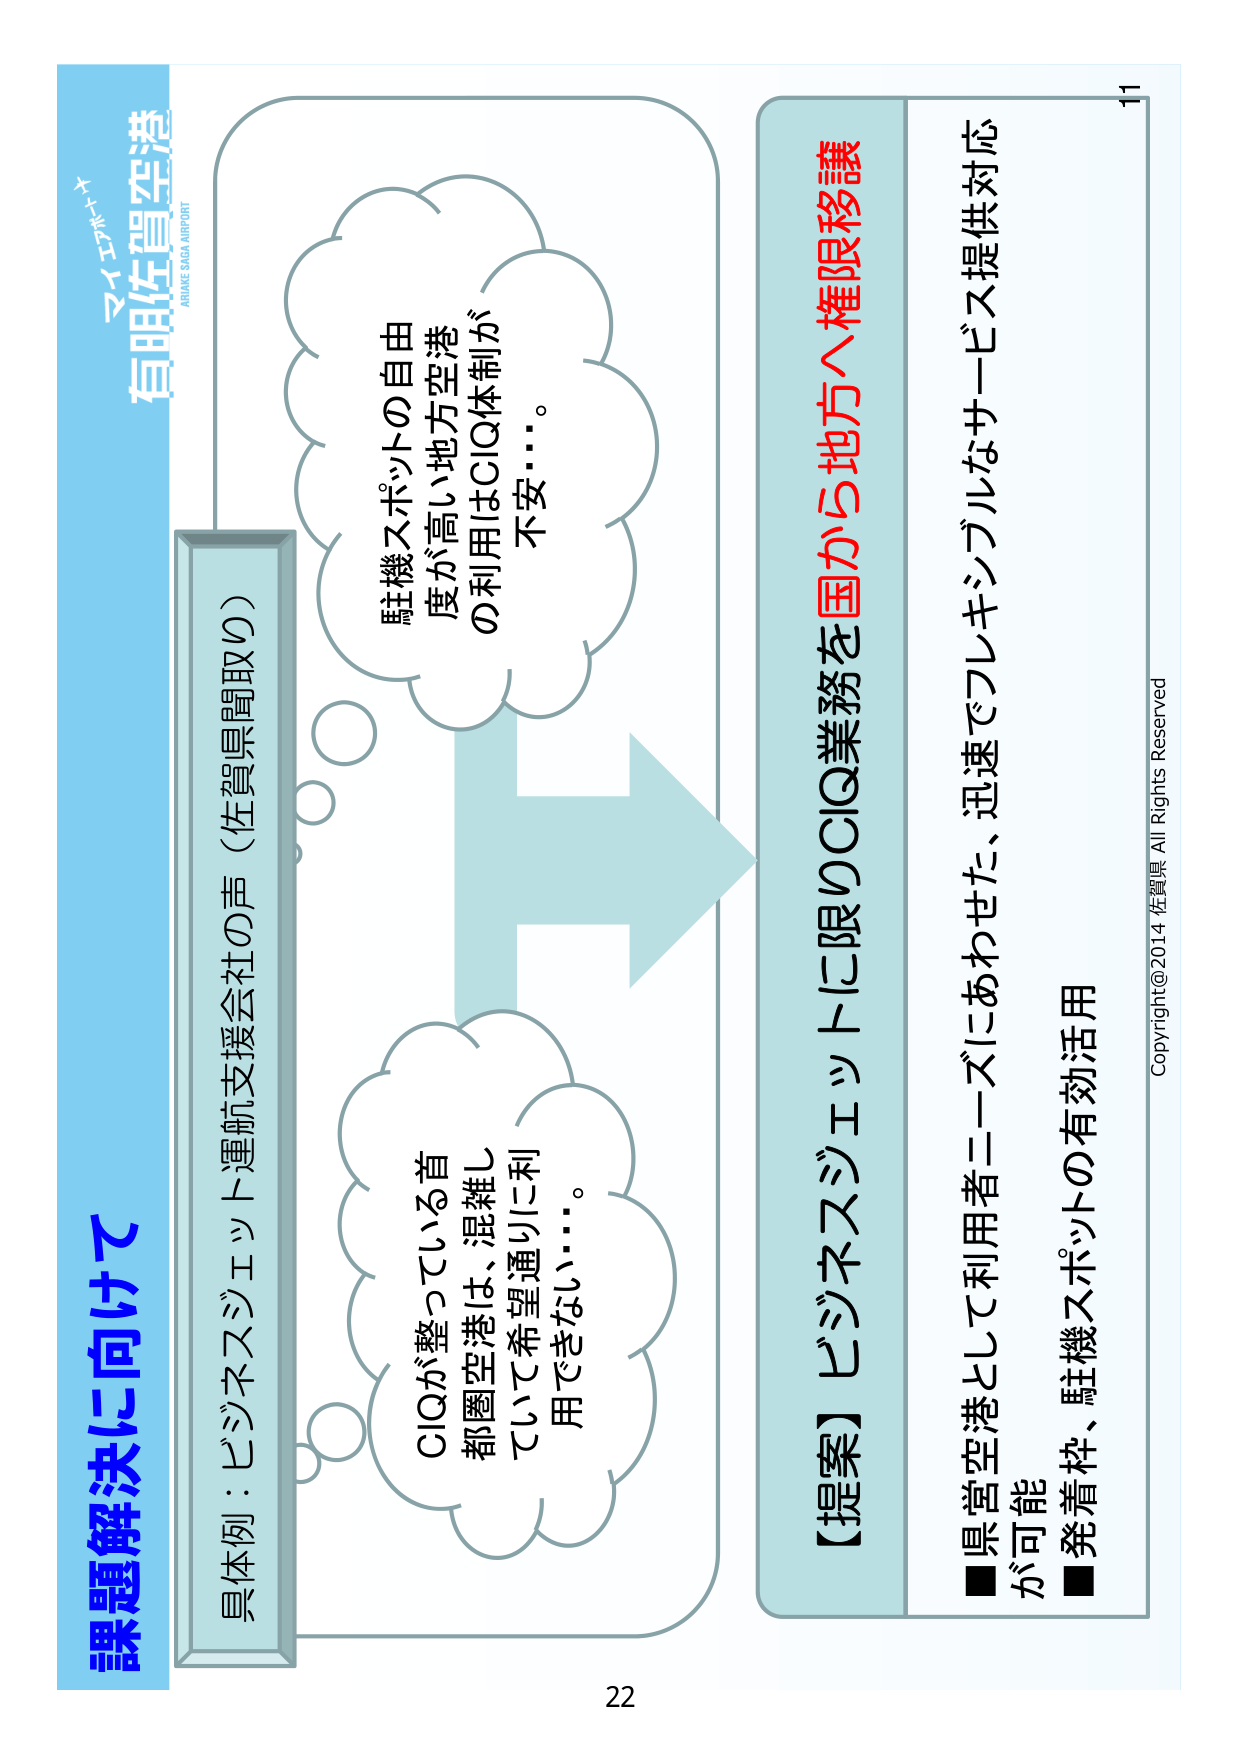
課題解決に向けて

有明佐賀空港
ARUAKE SAGA AIRPORT

具体例：ビジネスジェット運航支援会社の声（佐賀県聞取り）
CIQが整っている首都圏空港は、混雑していて希望通りに利用できない…。
駐機スポットの自由度が高い地方空港の利用はCIQ体制が不安…。

【提案】ビジネスジェットに限りCIQ業務を国から地方へ権限移譲
■県営空港として利用者ニーズにあわせた、迅速でフレキシブルなサービス提供対応が可能
■発着枠、駐機スポットの有効活用

Copyright@2014 佐賀県 All Rights Reserved

22
11